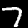
Digit: 7